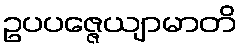
ဥပပဇ္ဇေယျာမာတိ